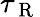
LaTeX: \tau_{\mathrm{~R~}}